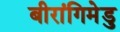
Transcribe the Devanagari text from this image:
बीरांगिमेडु